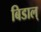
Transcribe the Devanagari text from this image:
बिडाल्